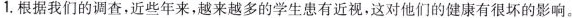
1. 根据我们的调查，近些年来，越来越多的学生患有近视，这对他们的健康有很坏的影响。